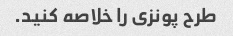
طرح پونزی را خلاصه کنید.